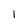
Character: 1